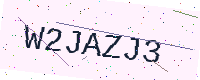
Text: W2JAZJ3